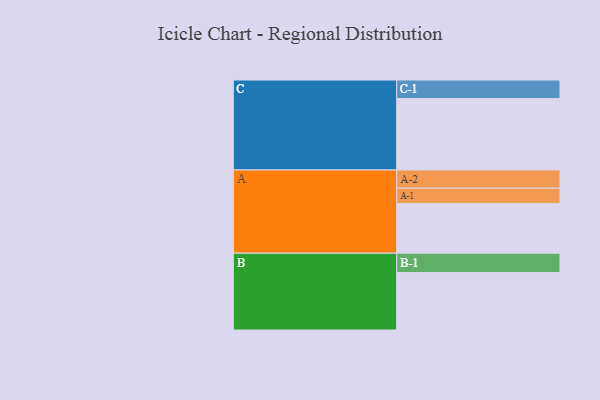
{"axis": {"x": "Segment", "y": "Value"}, "legend": ["", "A", "B", "C"], "data": [{"x": "A", "y": 369, "type": ""}, {"x": "B", "y": 426, "type": ""}, {"x": "C", "y": 529, "type": ""}, {"x": "A-1", "y": 113, "type": "A"}, {"x": "A-2", "y": 135, "type": "A"}, {"x": "B-1", "y": 143, "type": "B"}, {"x": "C-1", "y": 138, "type": "C"}]}